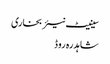
سینیٹ نیئر بخاری
شاہدرہ روڈ